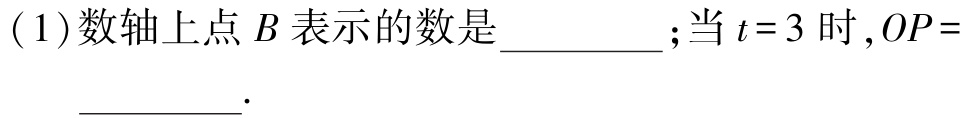
( 1 )数轴上点\(B\)表示的数是__________；当\(t = 3\)时,\(OP =\)__________.